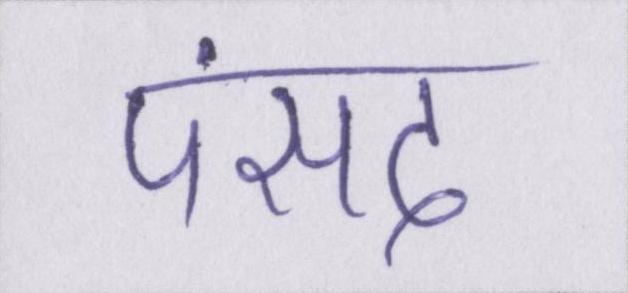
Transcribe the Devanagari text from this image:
पंसद